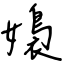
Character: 嬝